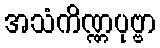
အသံကိဏ္ဏပုဗ္ဗာ